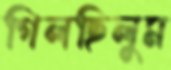
গিলছিলুম